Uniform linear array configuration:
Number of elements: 24
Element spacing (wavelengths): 0.75
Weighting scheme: binomial
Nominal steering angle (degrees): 0
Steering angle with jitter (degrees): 1.583
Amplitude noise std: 0.05
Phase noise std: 0.05

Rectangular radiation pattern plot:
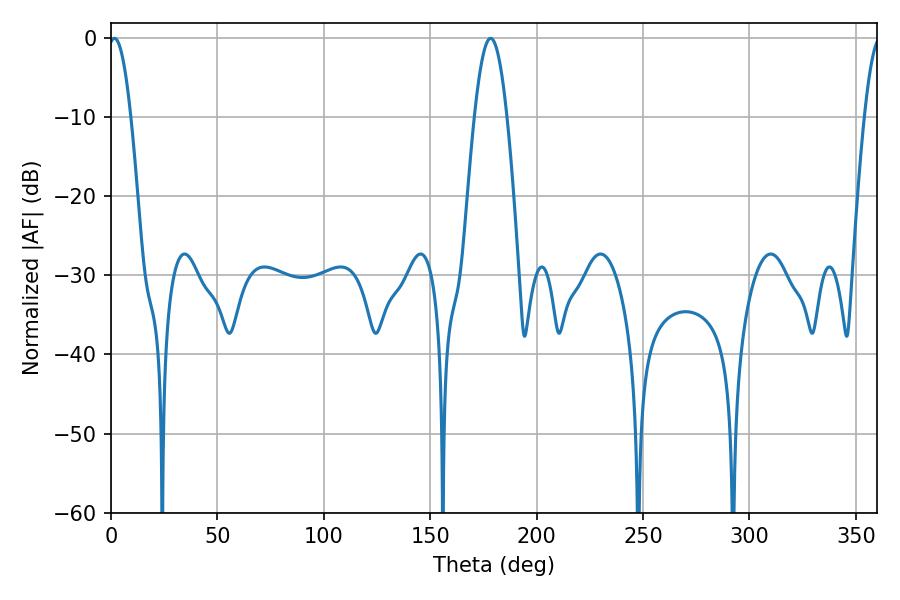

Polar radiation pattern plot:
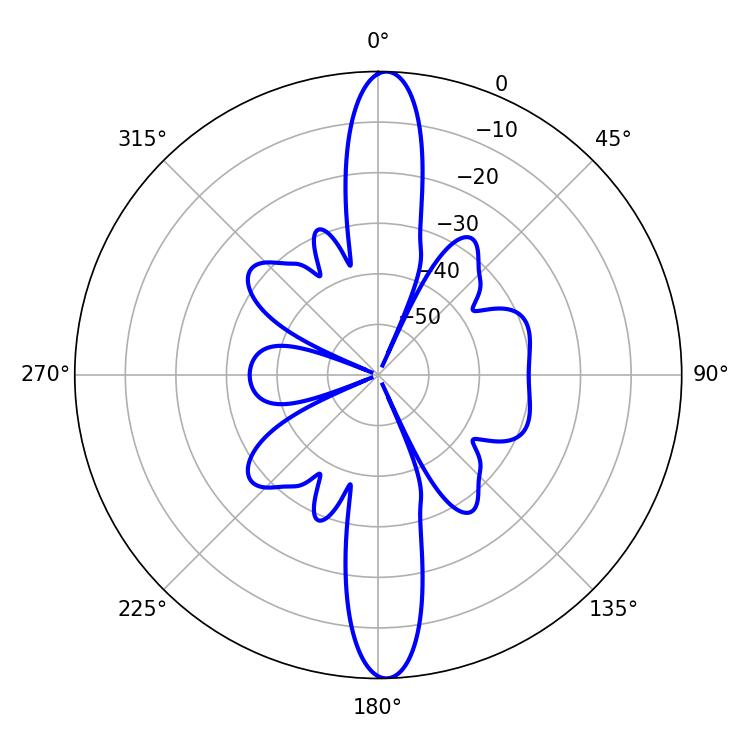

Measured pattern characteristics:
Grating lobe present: TRUE
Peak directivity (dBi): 23.251
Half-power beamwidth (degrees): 5.76
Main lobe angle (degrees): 1.62